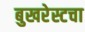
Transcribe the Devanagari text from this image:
बुखरेस्टचा